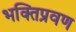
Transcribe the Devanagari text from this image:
भक्तिप्रवण